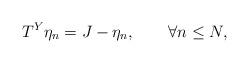
LaTeX: \begin{align*}T^{Y}\eta_n=J-\eta_n,\qquad\forall n\le N,\end{align*}